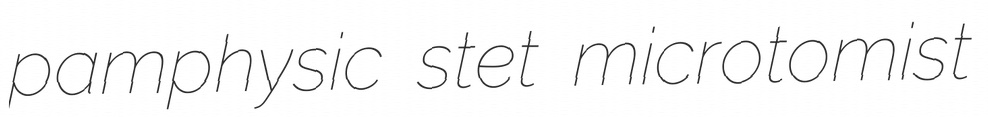
pamphysic stet microtomist